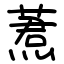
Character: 蔒